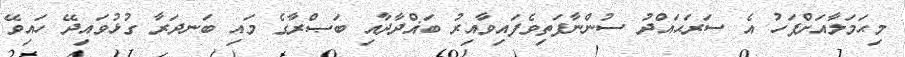
މިޙަމަލާއަށްފަހު އެ ސަރަޙައްދު ސުންނާފަތިވެފައިވާއިރު ބަޣްދާދާއި ބަޞްރާގެ މައި ބަނދަރާ ގުޅުވައިދޭ ހައިވޭ